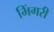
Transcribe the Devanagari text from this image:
भिंगरी